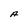
Character: A